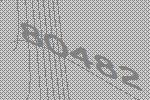
80482